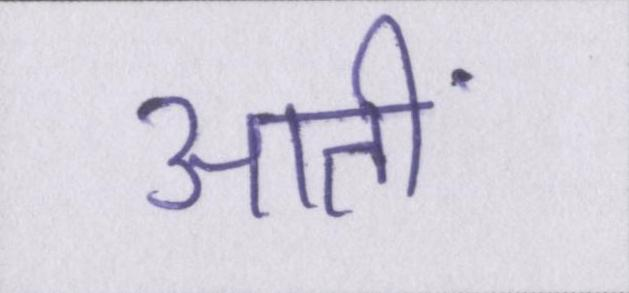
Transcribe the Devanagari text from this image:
आतीं